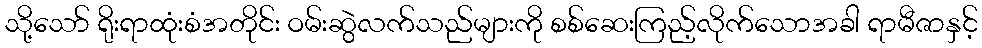
သို့သော် ရိုးရာထုံးစံအတိုင်း ဝမ်းဆွဲလက်သည်များကို စစ်ဆေးကြည့်လိုက်သောအခါ ရာမီဇာနှင့်